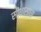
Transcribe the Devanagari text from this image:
सीधासाधा